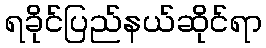
ရခိုင်ပြည်နယ်ဆိုင်ရာ